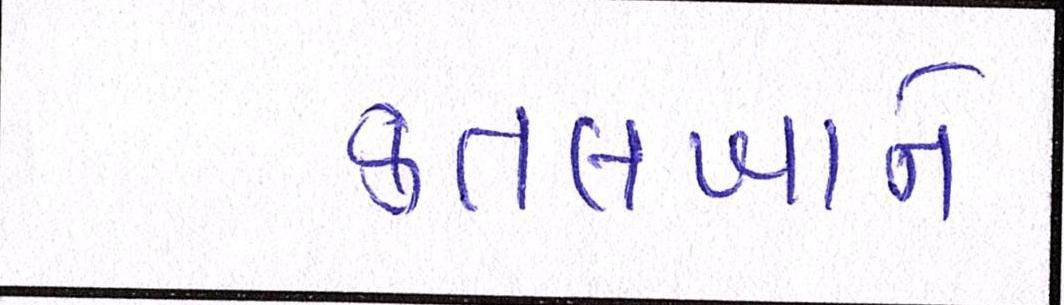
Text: કતલખાને